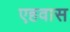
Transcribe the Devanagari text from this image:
एहवास